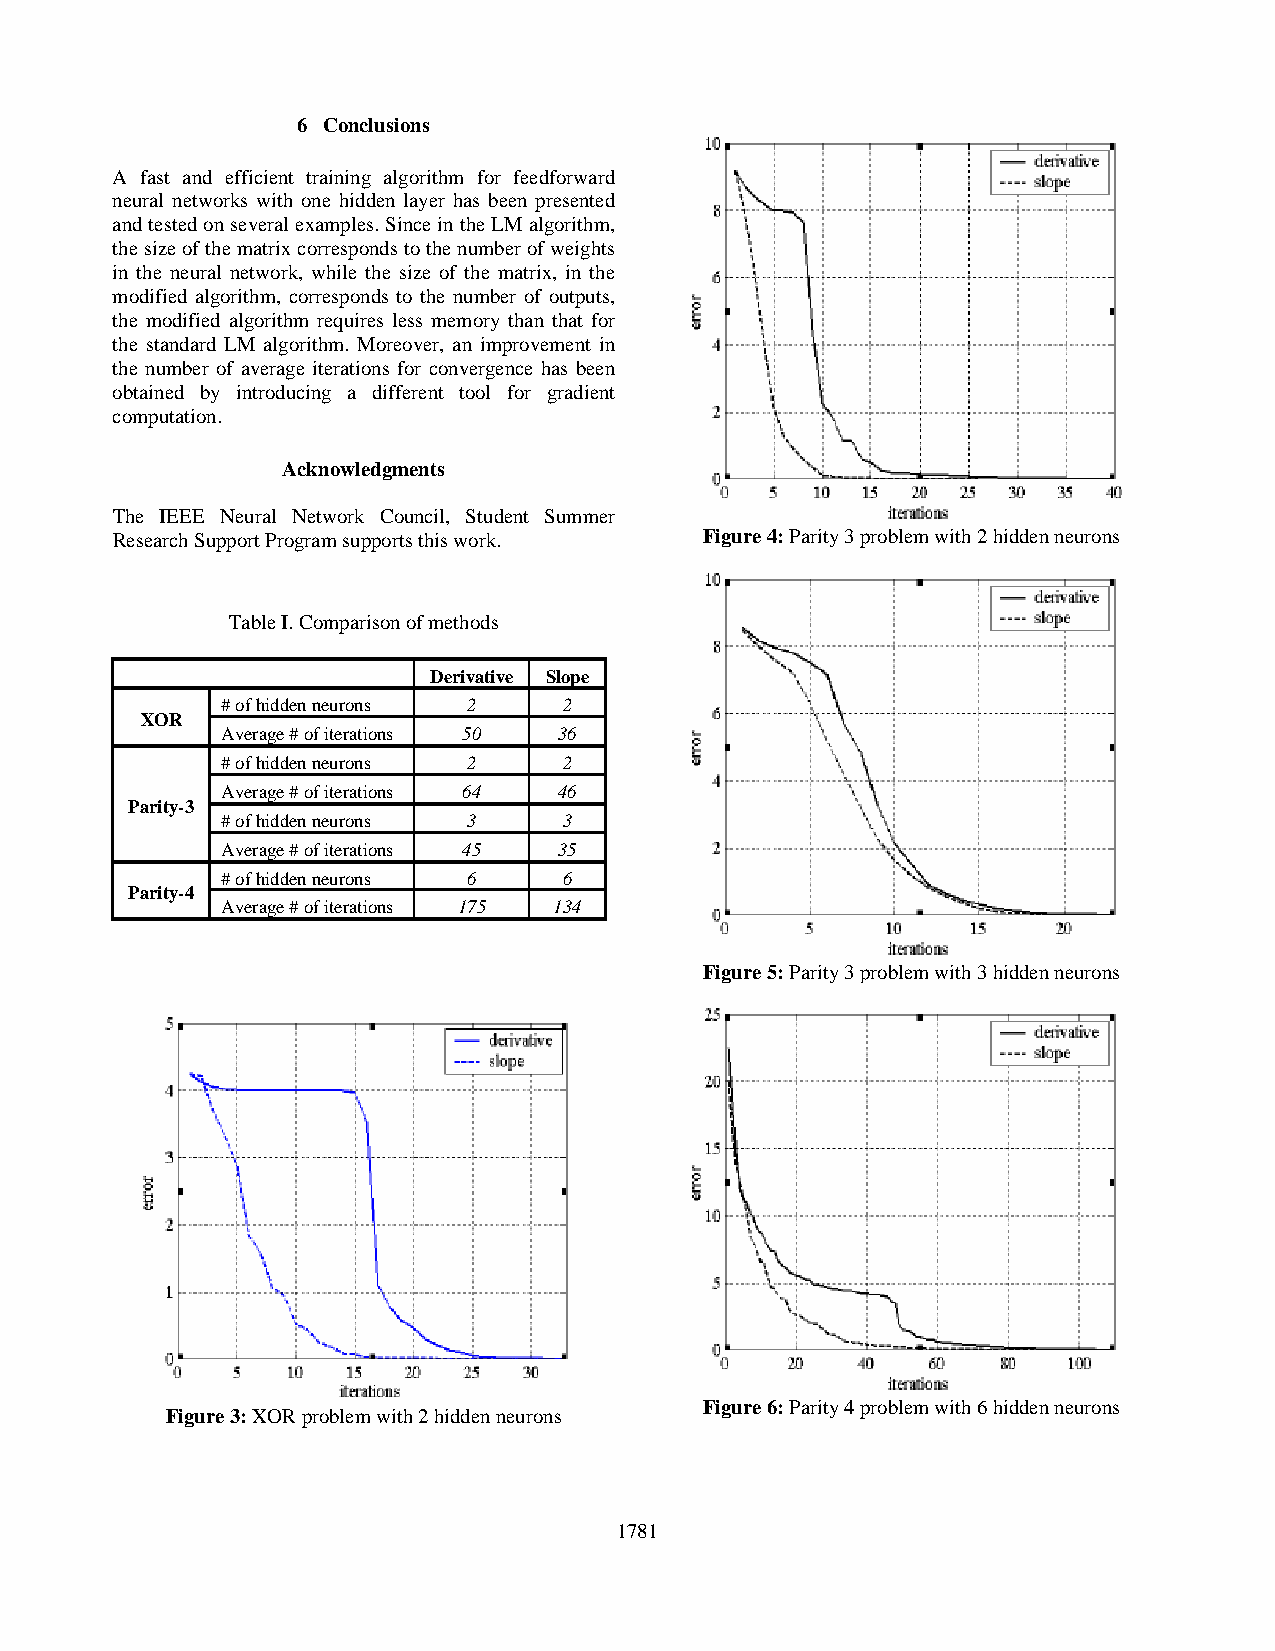
6 Conclusions
 A fast and efficient training algorithm for feedforward
 neural networks with one hidden layer has been presented
 and tested on several examples. Since in the LM algorithm,
 the size of the matrix corresponds to the number of weights
 in the neural network, while the size of the matrix, in the
 modified algorithm, corresponds to the number of outputs,
 the modified algorithm requires less memory than that for
 the standard LM algorithm. Moreover, an improvement in
 the number of average iterations for convergence has been
 obtained by introducing a different tool for gradient
 computation.
 Acknowledgments
 The IEEE Neural Network Council, Student Summer
 Research Support Program supports this work. Figure 4: Parity 3 problem with 2 hidden neurons
 Table I. Comparison of methods
 Derivative Slope
 # of hidden neurons 2 2
 XOR
 Average # of iterations 50 36
 # of hidden neurons 2 2
 Average # of iterations 64 46
 Parity-3
 # of hidden neurons 3 3
 Average # of iterations 45 35
 # of hidden neurons 6 6
 Parity-4
 Average # of iterations 175 134
 Figure 5: Parity 3 problem with 3 hidden neurons
 Figure 6: Parity 4 problem with 6 hidden neurons
 Figure 3: XOR problem with 2 hidden neurons
 1781